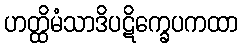
ဟတ္ထိမံသာဒိပဋိက္ခေပကထာ